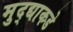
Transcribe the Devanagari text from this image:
मुद्द्याकडे